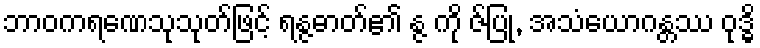
ဘာဝကရဏေသုသုတ်ဖြင့် ရန္ဇဓာတ်၏ န္ဇ ကို ဇ်ပြု, အသံယောဂန္တဿ ဝုဒ္ဓိ